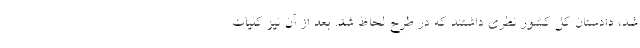
شد، دادستان کل کشور نظری داشتند که در طرح لحاظ شد. بعد از آن نیز کلیات